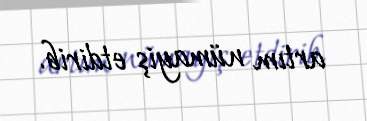
artım nümayiş etdirib.